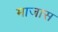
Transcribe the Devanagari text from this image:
माजास